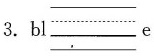
3. bl___e